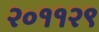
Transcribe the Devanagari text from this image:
२०११२९